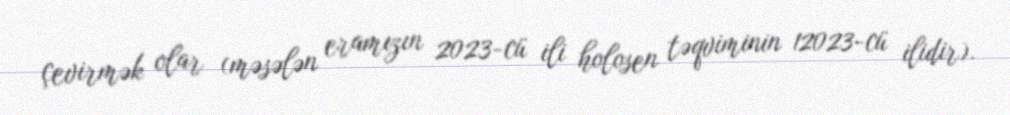
çevirmək olar (məsələn eramızın 2023-cü ili holosen təqviminin 12023-cü ilidir).